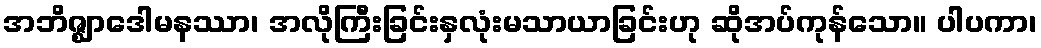
အဘိဇ္ဈာဒေါမနဿာ၊ အလိုကြီးခြင်းနှလုံးမသာယာခြင်းဟု ဆိုအပ်ကုန်သော။ ပါပကာ၊